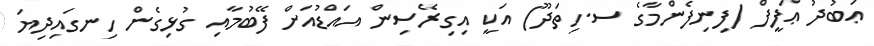
ޢަބުދު ޢަފީފް (ފިނިފެންމާގެ ސ.ހިތަދޫ) އަކީ އިގިރޭސިން އައްޑުއަށް ފޭބުމާއި ގުޅިގެން ހިނގައިދިޔަ